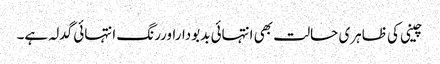
چینی کی ظاہری حالت بھی انتہائی بدبوداراوررنگ انتہائی گدلہ ہے۔